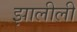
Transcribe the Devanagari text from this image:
झालीली